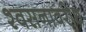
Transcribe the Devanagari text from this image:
श्वसनावरोध